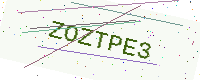
Text: ZOZTPE3